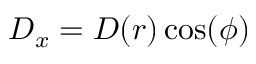
D _ { x } = D ( r ) \cos ( \phi )